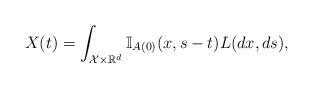
LaTeX: \begin{align*}X(t) &=\int_{\mathcal{X}\times \mathbb{R}^d} \mathbb{I}_{A(0)}(x,s-t)L(dx,ds),\end{align*}